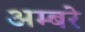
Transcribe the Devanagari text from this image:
अम्बरे